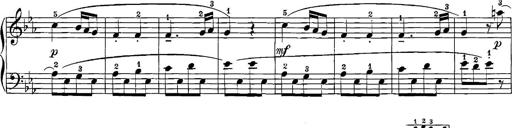
Title: 12 Sonatinas
Composer: Ignaz Pleyel